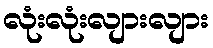
လုံးလုံးလျားလျား